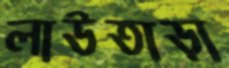
লাউতাড়া